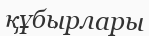
құбырлары